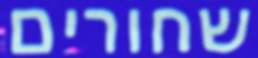
שחורים